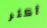
أكثر